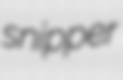
snipper